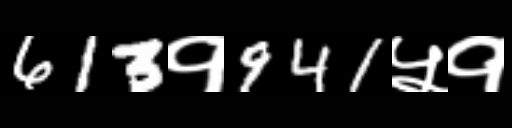
Text: 613१941५१